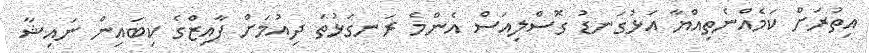
އިތުރަށް ކަމެއްނެތިއްޔާ އަޅުގަނޑު ގޮސްލިއަސް އެންމެ ރަނގަޅުތަ ދިއުމަށް ފާއިޒްގެ ކިބައިން ނަައިޝާ